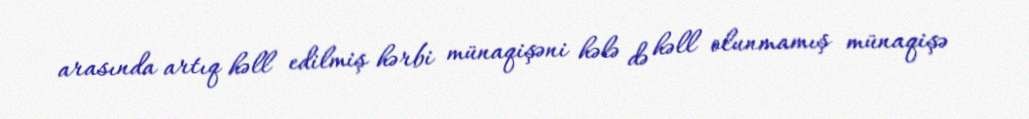
arasında artıq həll edilmiş hərbi münaqişəni hələ də həll olunmamış münaqişə